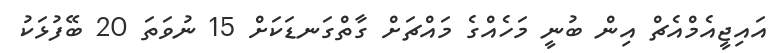
އައިޖީއެމްއެޗް އިން ބުނީ މަހެއްގެ މައްޗަށް ގާތްގަނޑަކަށް 15 ނުވަތަ 20 ބޭފުޅަކު